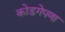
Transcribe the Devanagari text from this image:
कोडगेपणा